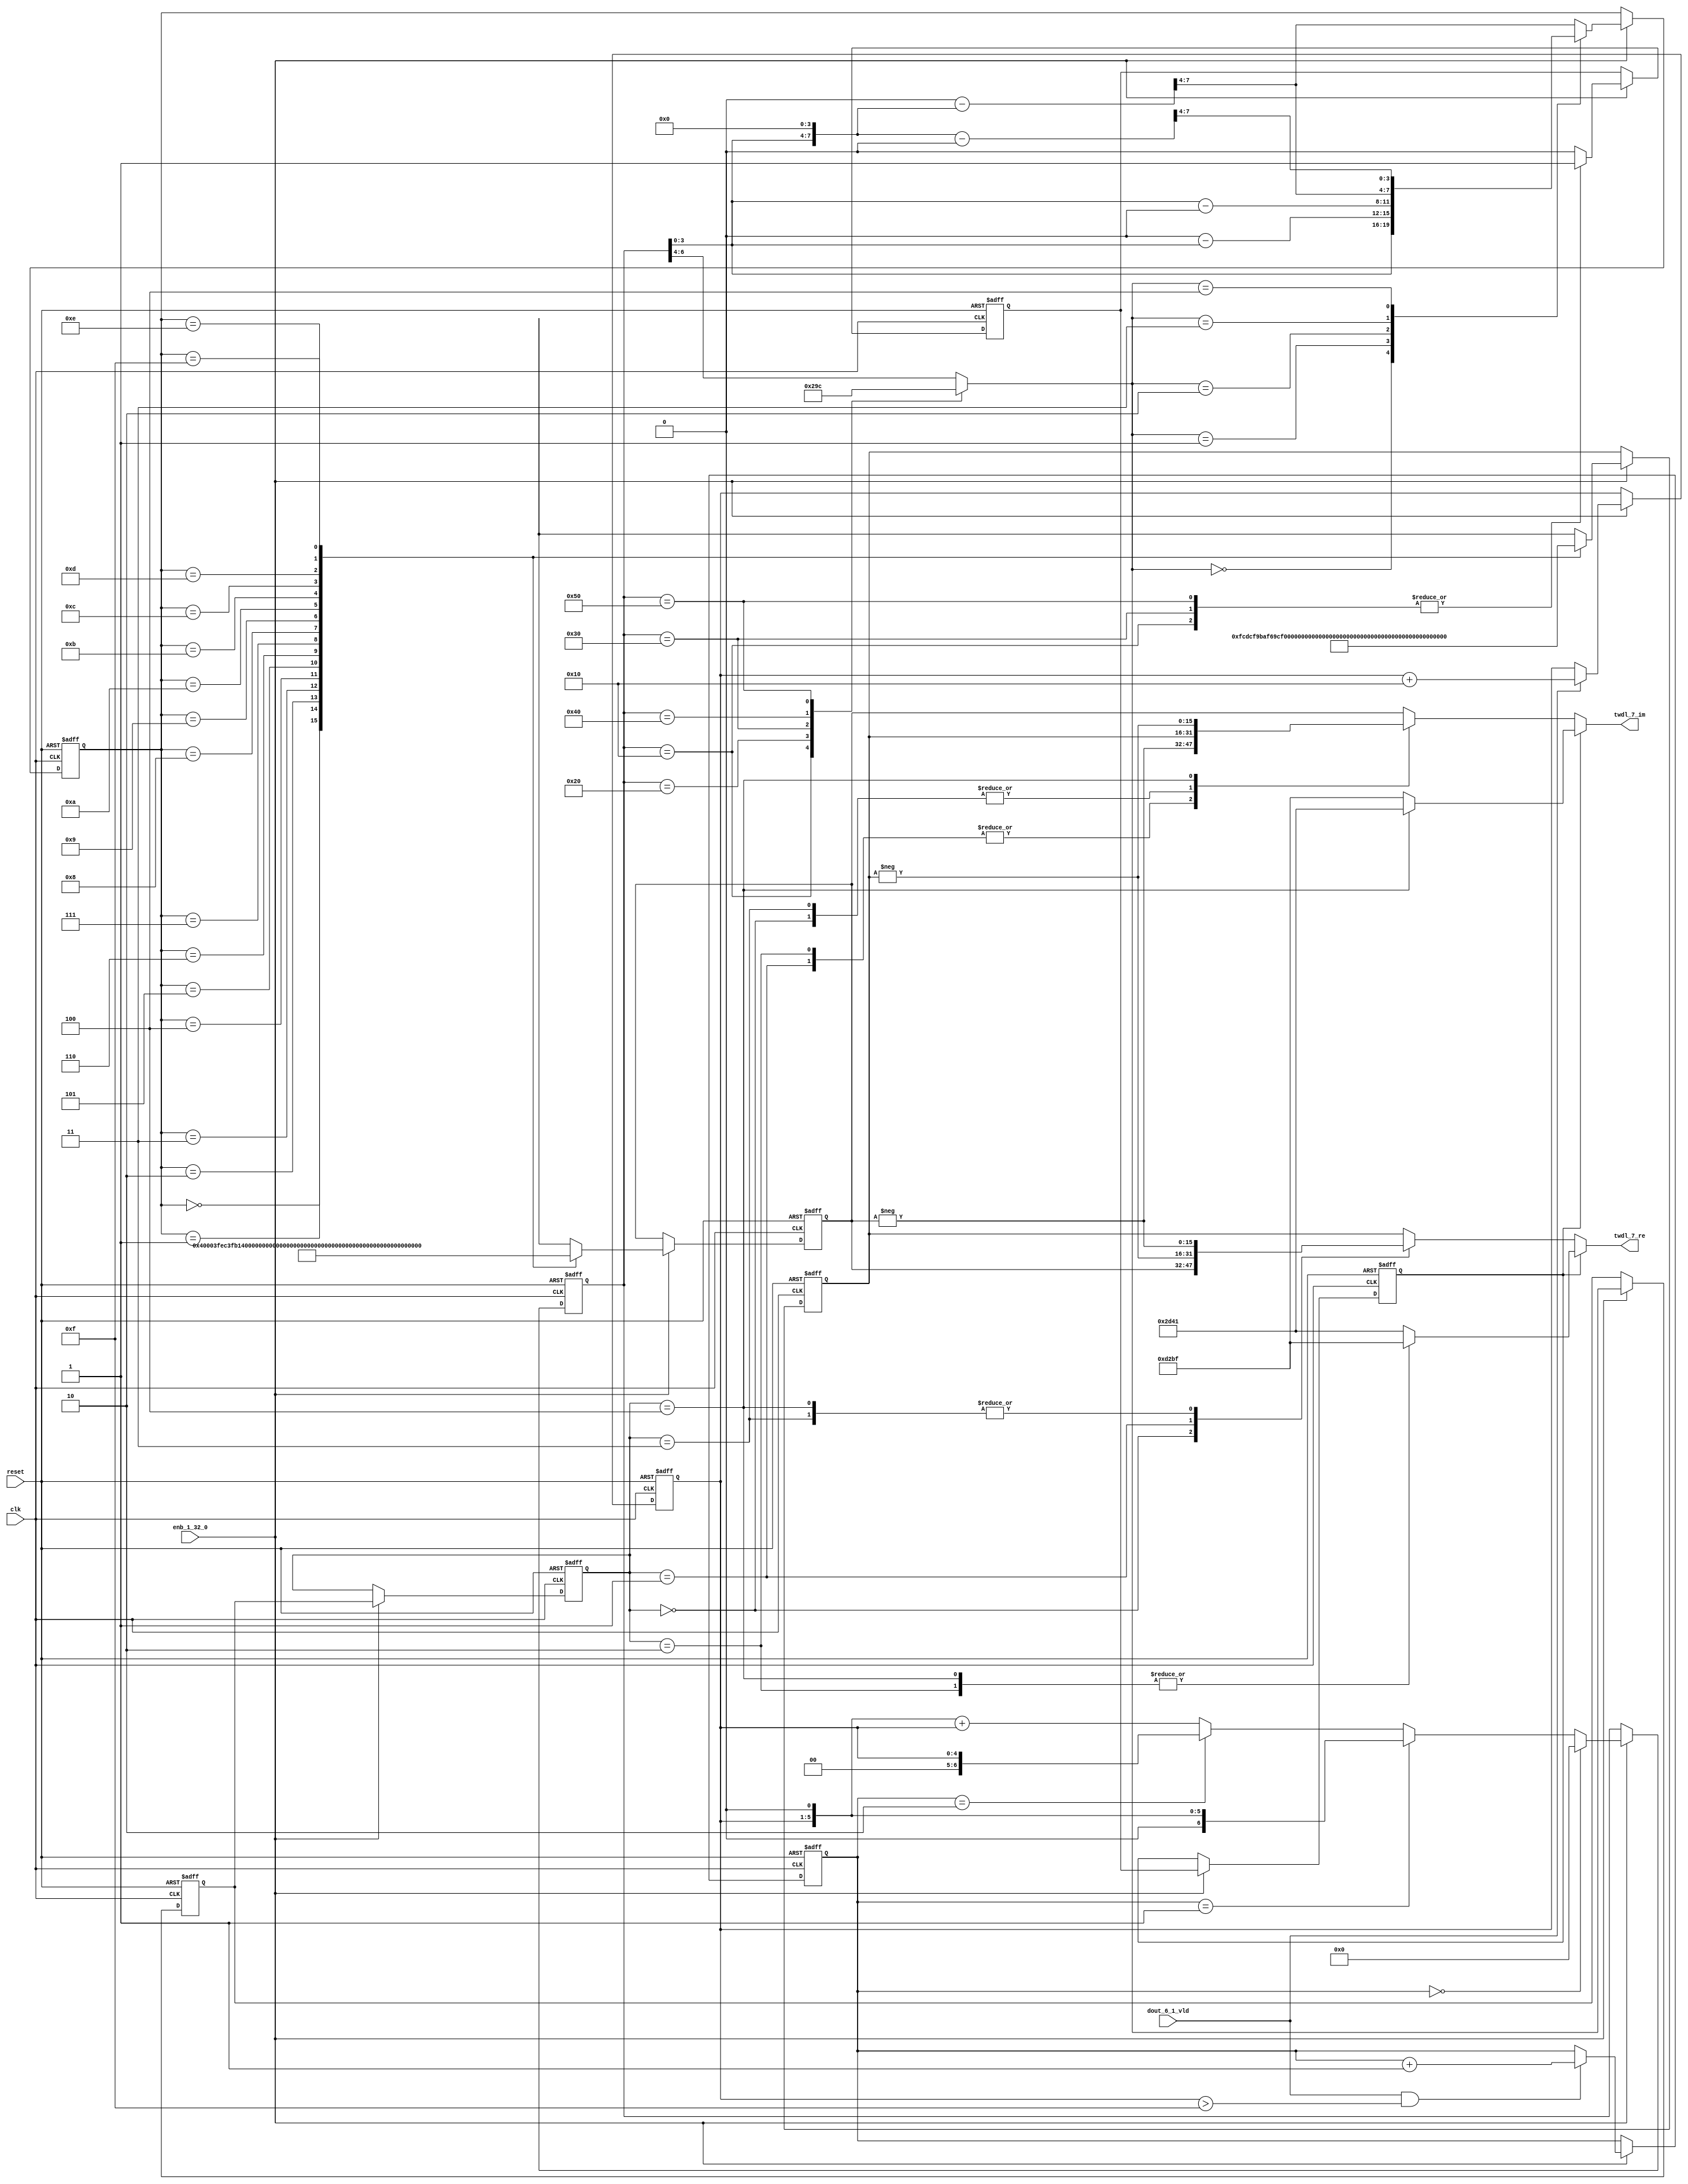
// -------------------------------------------------------------
// 
// 
// Generated by MATLAB 9.13 and HDL Coder 4.0
// 
// -------------------------------------------------------------


// -------------------------------------------------------------
// 
// Module: whdlOFDMTx_TWDLROM_7_1
// Source Path: dsphdl.IFFT/TWDLROM_7_1
// Hierarchy Level: 6
// 
// -------------------------------------------------------------

`timescale 1 ns / 1 ns

module whdlOFDMTx_TWDLROM_7_1
          (clk,
           reset,
           enb_1_32_0,
           dout_6_1_vld,
           twdl_7_re,
           twdl_7_im);


  input   clk;
  input   reset;
  input   enb_1_32_0;
  input   dout_6_1_vld;
  output  signed [15:0] twdl_7_re;  // sfix16_En14
  output  signed [15:0] twdl_7_im;  // sfix16_En14


  reg [4:0] Radix22TwdlMapping_cnt;  // ufix5
  reg [1:0] Radix22TwdlMapping_phase;  // ufix2
  reg [2:0] Radix22TwdlMapping_octantReg1;  // ufix3
  reg [6:0] Radix22TwdlMapping_twdlAddr_raw;  // ufix7
  reg [3:0] Radix22TwdlMapping_twdlAddrMap;  // ufix4
  reg  Radix22TwdlMapping_twdl45Reg;
  reg  Radix22TwdlMapping_dvldReg1;
  reg  Radix22TwdlMapping_dvldReg2;
  reg [4:0] Radix22TwdlMapping_cnt_next;  // ufix5
  reg [1:0] Radix22TwdlMapping_phase_next;  // ufix2
  reg [2:0] Radix22TwdlMapping_octantReg1_next;  // ufix3
  reg [6:0] Radix22TwdlMapping_twdlAddr_raw_next;  // ufix7
  reg [3:0] Radix22TwdlMapping_twdlAddrMap_next;  // ufix4
  reg  Radix22TwdlMapping_twdl45Reg_next;
  reg  Radix22TwdlMapping_dvldReg1_next;
  reg  Radix22TwdlMapping_dvldReg2_next;
  reg [3:0] twdlAddr;  // ufix4
  reg  twdlAddrVld;
  reg [2:0] twdlOctant;  // ufix3
  reg  twdl45;
  wire signed [15:0] Twiddle_re_table_data [0:15];  // sfix16_En14 [16]
  wire signed [15:0] twiddleS_re;  // sfix16_En14
  reg signed [15:0] twiddleReg_re;  // sfix16_En14
  wire signed [15:0] Twiddle_im_table_data [0:15];  // sfix16_En14 [16]
  wire signed [15:0] twiddleS_im;  // sfix16_En14
  reg signed [15:0] twiddleReg_im;  // sfix16_En14
  reg [2:0] twdlOctantReg;  // ufix3
  reg  twdl45Reg;
  reg signed [15:0] twdl_7_re_1;  // sfix16_En14
  reg signed [15:0] twdl_7_im_1;  // sfix16_En14
  reg [2:0] Radix22TwdlMapping_octant;  // ufix3
  reg [6:0] Radix22TwdlMapping_cnt_cast;  // ufix7
  reg signed [15:0] Radix22TwdlMapping_sub_cast;  // sfix16_En4
  reg signed [15:0] Radix22TwdlMapping_sub_temp;  // sfix16_En4
  reg signed [8:0] Radix22TwdlMapping_sub_temp_0;  // sfix9
  reg signed [8:0] Radix22TwdlMapping_sub_temp_1;  // sfix9
  reg signed [15:0] Radix22TwdlMapping_sub_cast_0;  // sfix16_En4
  reg signed [15:0] Radix22TwdlMapping_sub_temp_2;  // sfix16_En4
  reg signed [15:0] Radix22TwdlMapping_sub_cast_1;  // sfix16_En4
  reg signed [15:0] Radix22TwdlMapping_sub_temp_3;  // sfix16_En4
  reg [6:0] Radix22TwdlMapping_t_0_0;  // ufix7
  reg signed [8:0] Radix22TwdlMapping_t_1;  // sfix9
  reg signed [8:0] Radix22TwdlMapping_t_2_0;  // sfix9
  reg signed [15:0] Radix22TwdlOctCorr_twdlIn_re;  // sfix16_En14
  reg signed [15:0] Radix22TwdlOctCorr_twdlIn_im;  // sfix16_En14
  reg signed [16:0] Radix22TwdlOctCorr_cast;  // sfix17_En14
  reg signed [16:0] Radix22TwdlOctCorr_cast_0;  // sfix17_En14
  reg signed [16:0] Radix22TwdlOctCorr_cast_1;  // sfix17_En14
  reg signed [16:0] Radix22TwdlOctCorr_cast_2;  // sfix17_En14
  reg signed [16:0] Radix22TwdlOctCorr_cast_3;  // sfix17_En14
  reg signed [16:0] Radix22TwdlOctCorr_cast_4;  // sfix17_En14
  reg signed [16:0] Radix22TwdlOctCorr_cast_5;  // sfix17_En14
  reg signed [16:0] Radix22TwdlOctCorr_cast_6;  // sfix17_En14
  reg signed [16:0] Radix22TwdlOctCorr_cast_7;  // sfix17_En14
  reg signed [16:0] Radix22TwdlOctCorr_cast_8;  // sfix17_En14
  reg signed [16:0] Radix22TwdlOctCorr_cast_9;  // sfix17_En14
  reg signed [16:0] Radix22TwdlOctCorr_cast_10;  // sfix17_En14


  // Radix22TwdlMapping
  always @(posedge clk or posedge reset)
    begin : Radix22TwdlMapping_process
      if (reset == 1'b1) begin
        Radix22TwdlMapping_octantReg1 <= 3'b000;
        Radix22TwdlMapping_twdlAddr_raw <= 7'b0000000;
        Radix22TwdlMapping_twdlAddrMap <= 4'b0000;
        Radix22TwdlMapping_twdl45Reg <= 1'b0;
        Radix22TwdlMapping_dvldReg1 <= 1'b0;
        Radix22TwdlMapping_dvldReg2 <= 1'b0;
        Radix22TwdlMapping_cnt <= 5'b00000;
        Radix22TwdlMapping_phase <= 2'b00;
      end
      else begin
        if (enb_1_32_0) begin
          Radix22TwdlMapping_cnt <= Radix22TwdlMapping_cnt_next;
          Radix22TwdlMapping_phase <= Radix22TwdlMapping_phase_next;
          Radix22TwdlMapping_octantReg1 <= Radix22TwdlMapping_octantReg1_next;
          Radix22TwdlMapping_twdlAddr_raw <= Radix22TwdlMapping_twdlAddr_raw_next;
          Radix22TwdlMapping_twdlAddrMap <= Radix22TwdlMapping_twdlAddrMap_next;
          Radix22TwdlMapping_twdl45Reg <= Radix22TwdlMapping_twdl45Reg_next;
          Radix22TwdlMapping_dvldReg1 <= Radix22TwdlMapping_dvldReg1_next;
          Radix22TwdlMapping_dvldReg2 <= Radix22TwdlMapping_dvldReg2_next;
        end
      end
    end

  always @(Radix22TwdlMapping_cnt, Radix22TwdlMapping_dvldReg1,
       Radix22TwdlMapping_dvldReg2, Radix22TwdlMapping_octantReg1,
       Radix22TwdlMapping_phase, Radix22TwdlMapping_twdl45Reg,
       Radix22TwdlMapping_twdlAddrMap, Radix22TwdlMapping_twdlAddr_raw,
       dout_6_1_vld) begin
    Radix22TwdlMapping_sub_temp = 16'sb0000000000000000;
    Radix22TwdlMapping_sub_temp_0 = 9'sb000000000;
    Radix22TwdlMapping_sub_temp_1 = 9'sb000000000;
    Radix22TwdlMapping_sub_temp_2 = 16'sb0000000000000000;
    Radix22TwdlMapping_sub_temp_3 = 16'sb0000000000000000;
    Radix22TwdlMapping_cnt_cast = 7'b0000000;
    Radix22TwdlMapping_sub_cast = 16'sb0000000000000000;
    Radix22TwdlMapping_sub_cast_0 = 16'sb0000000000000000;
    Radix22TwdlMapping_sub_cast_1 = 16'sb0000000000000000;
    Radix22TwdlMapping_t_0_0 = 7'b0000000;
    Radix22TwdlMapping_t_1 = 9'sb000000000;
    Radix22TwdlMapping_t_2_0 = 9'sb000000000;
    Radix22TwdlMapping_cnt_next = Radix22TwdlMapping_cnt;
    Radix22TwdlMapping_phase_next = Radix22TwdlMapping_phase;
    Radix22TwdlMapping_twdlAddr_raw_next = Radix22TwdlMapping_twdlAddr_raw;
    Radix22TwdlMapping_twdlAddrMap_next = Radix22TwdlMapping_twdlAddrMap;
    Radix22TwdlMapping_twdl45Reg_next = Radix22TwdlMapping_twdl45Reg;
    Radix22TwdlMapping_dvldReg2_next = Radix22TwdlMapping_dvldReg1;
    Radix22TwdlMapping_dvldReg1_next = dout_6_1_vld;
    case ( Radix22TwdlMapping_twdlAddr_raw)
      7'b0010000 :
        begin
          Radix22TwdlMapping_octant = 3'b000;
          Radix22TwdlMapping_twdl45Reg_next = 1'b1;
        end
      7'b0100000 :
        begin
          Radix22TwdlMapping_octant = 3'b001;
          Radix22TwdlMapping_twdl45Reg_next = 1'b0;
        end
      7'b0110000 :
        begin
          Radix22TwdlMapping_octant = 3'b010;
          Radix22TwdlMapping_twdl45Reg_next = 1'b1;
        end
      7'b1000000 :
        begin
          Radix22TwdlMapping_octant = 3'b011;
          Radix22TwdlMapping_twdl45Reg_next = 1'b0;
        end
      7'b1010000 :
        begin
          Radix22TwdlMapping_octant = 3'b100;
          Radix22TwdlMapping_twdl45Reg_next = 1'b1;
        end
      default :
        begin
          Radix22TwdlMapping_octant = Radix22TwdlMapping_twdlAddr_raw[6:4];
          Radix22TwdlMapping_twdl45Reg_next = 1'b0;
        end
    endcase
    Radix22TwdlMapping_octantReg1_next = Radix22TwdlMapping_octant;
    case ( Radix22TwdlMapping_octant)
      3'b000 :
        begin
          Radix22TwdlMapping_twdlAddrMap_next = Radix22TwdlMapping_twdlAddr_raw[3:0];
        end
      3'b001 :
        begin
          Radix22TwdlMapping_t_1 = {2'b0, Radix22TwdlMapping_twdlAddr_raw};
          Radix22TwdlMapping_sub_temp_0 = 9'sb000100000 - Radix22TwdlMapping_t_1;
          Radix22TwdlMapping_twdlAddrMap_next = Radix22TwdlMapping_sub_temp_0[3:0];
        end
      3'b010 :
        begin
          Radix22TwdlMapping_t_2_0 = {2'b0, Radix22TwdlMapping_twdlAddr_raw};
          Radix22TwdlMapping_sub_temp_1 = Radix22TwdlMapping_t_2_0 - 9'sb000100000;
          Radix22TwdlMapping_twdlAddrMap_next = Radix22TwdlMapping_sub_temp_1[3:0];
        end
      3'b011 :
        begin
          Radix22TwdlMapping_sub_cast_0 = {5'b0, {Radix22TwdlMapping_twdlAddr_raw, 4'b0000}};
          Radix22TwdlMapping_sub_temp_2 = 16'sb0000010000000000 - Radix22TwdlMapping_sub_cast_0;
          Radix22TwdlMapping_twdlAddrMap_next = Radix22TwdlMapping_sub_temp_2[7:4];
        end
      3'b100 :
        begin
          Radix22TwdlMapping_sub_cast_1 = {5'b0, {Radix22TwdlMapping_twdlAddr_raw, 4'b0000}};
          Radix22TwdlMapping_sub_temp_3 = Radix22TwdlMapping_sub_cast_1 - 16'sb0000010000000000;
          Radix22TwdlMapping_twdlAddrMap_next = Radix22TwdlMapping_sub_temp_3[7:4];
        end
      default :
        begin
          Radix22TwdlMapping_sub_cast = {5'b0, {Radix22TwdlMapping_twdlAddr_raw, 4'b0000}};
          Radix22TwdlMapping_sub_temp = 16'sb0000011000000000 - Radix22TwdlMapping_sub_cast;
          Radix22TwdlMapping_twdlAddrMap_next = Radix22TwdlMapping_sub_temp[7:4];
        end
    endcase
    if (Radix22TwdlMapping_phase == 2'b00) begin
      Radix22TwdlMapping_twdlAddr_raw_next = 7'b0000000;
    end
    else if (Radix22TwdlMapping_phase == 2'b01) begin
      Radix22TwdlMapping_t_0_0 = {2'b0, Radix22TwdlMapping_cnt};
      Radix22TwdlMapping_twdlAddr_raw_next = Radix22TwdlMapping_t_0_0 <<< 8'd1;
    end
    else if (Radix22TwdlMapping_phase == 2'b10) begin
      Radix22TwdlMapping_twdlAddr_raw_next = {2'b0, Radix22TwdlMapping_cnt};
    end
    else begin
      Radix22TwdlMapping_cnt_cast = {2'b0, Radix22TwdlMapping_cnt};
      Radix22TwdlMapping_twdlAddr_raw_next = (Radix22TwdlMapping_cnt_cast <<< 8'd1) + Radix22TwdlMapping_cnt_cast;
    end
    if (dout_6_1_vld && (Radix22TwdlMapping_cnt > 5'b01111)) begin
      Radix22TwdlMapping_phase_next = Radix22TwdlMapping_phase + 2'b01;
    end
    if (dout_6_1_vld) begin
      Radix22TwdlMapping_cnt_next = Radix22TwdlMapping_cnt + 5'b10000;
    end
    twdlAddr = Radix22TwdlMapping_twdlAddrMap;
    twdlAddrVld = Radix22TwdlMapping_dvldReg2;
    twdlOctant = Radix22TwdlMapping_octantReg1;
    twdl45 = Radix22TwdlMapping_twdl45Reg;
  end



  // Twiddle ROM1
  assign Twiddle_re_table_data[0] = 16'sb0100000000000000;
  assign Twiddle_re_table_data[1] = 16'sb0011111111101100;
  assign Twiddle_re_table_data[2] = 16'sb0011111110110001;
  assign Twiddle_re_table_data[3] = 16'sb0011111101001111;
  assign Twiddle_re_table_data[4] = 16'sb0011111011000101;
  assign Twiddle_re_table_data[5] = 16'sb0011111000010101;
  assign Twiddle_re_table_data[6] = 16'sb0011110100111111;
  assign Twiddle_re_table_data[7] = 16'sb0011110001000010;
  assign Twiddle_re_table_data[8] = 16'sb0011101100100001;
  assign Twiddle_re_table_data[9] = 16'sb0011100111011011;
  assign Twiddle_re_table_data[10] = 16'sb0011100001110001;
  assign Twiddle_re_table_data[11] = 16'sb0011011011100101;
  assign Twiddle_re_table_data[12] = 16'sb0011010100110111;
  assign Twiddle_re_table_data[13] = 16'sb0011001101101000;
  assign Twiddle_re_table_data[14] = 16'sb0011000101111001;
  assign Twiddle_re_table_data[15] = 16'sb0010111101101100;
  assign twiddleS_re = Twiddle_re_table_data[twdlAddr];



  always @(posedge clk or posedge reset)
    begin : TWIDDLEROM_RE_process
      if (reset == 1'b1) begin
        twiddleReg_re <= 16'sb0000000000000000;
      end
      else begin
        if (enb_1_32_0) begin
          twiddleReg_re <= twiddleS_re;
        end
      end
    end



  // Twiddle ROM2
  assign Twiddle_im_table_data[0] = 16'sb0000000000000000;
  assign Twiddle_im_table_data[1] = 16'sb1111110011011100;
  assign Twiddle_im_table_data[2] = 16'sb1111100110111010;
  assign Twiddle_im_table_data[3] = 16'sb1111011010011100;
  assign Twiddle_im_table_data[4] = 16'sb1111001110000100;
  assign Twiddle_im_table_data[5] = 16'sb1111000001110011;
  assign Twiddle_im_table_data[6] = 16'sb1110110101101100;
  assign Twiddle_im_table_data[7] = 16'sb1110101001110000;
  assign Twiddle_im_table_data[8] = 16'sb1110011110000010;
  assign Twiddle_im_table_data[9] = 16'sb1110010010100011;
  assign Twiddle_im_table_data[10] = 16'sb1110000111010101;
  assign Twiddle_im_table_data[11] = 16'sb1101111100011001;
  assign Twiddle_im_table_data[12] = 16'sb1101110001110010;
  assign Twiddle_im_table_data[13] = 16'sb1101100111100000;
  assign Twiddle_im_table_data[14] = 16'sb1101011101100110;
  assign Twiddle_im_table_data[15] = 16'sb1101010100000101;
  assign twiddleS_im = Twiddle_im_table_data[twdlAddr];



  always @(posedge clk or posedge reset)
    begin : TWIDDLEROM_IM_process
      if (reset == 1'b1) begin
        twiddleReg_im <= 16'sb0000000000000000;
      end
      else begin
        if (enb_1_32_0) begin
          twiddleReg_im <= twiddleS_im;
        end
      end
    end



  always @(posedge clk or posedge reset)
    begin : intdelay_process
      if (reset == 1'b1) begin
        twdlOctantReg <= 3'b000;
      end
      else begin
        if (enb_1_32_0) begin
          twdlOctantReg <= twdlOctant;
        end
      end
    end



  always @(posedge clk or posedge reset)
    begin : intdelay_1_process
      if (reset == 1'b1) begin
        twdl45Reg <= 1'b0;
      end
      else begin
        if (enb_1_32_0) begin
          twdl45Reg <= twdl45;
        end
      end
    end



  // Radix22TwdlOctCorr
  always @(twdl45Reg, twdlOctantReg, twiddleReg_im, twiddleReg_re) begin
    Radix22TwdlOctCorr_cast_0 = 17'sb00000000000000000;
    Radix22TwdlOctCorr_cast_2 = 17'sb00000000000000000;
    Radix22TwdlOctCorr_cast_4 = 17'sb00000000000000000;
    Radix22TwdlOctCorr_cast_6 = 17'sb00000000000000000;
    Radix22TwdlOctCorr_cast_8 = 17'sb00000000000000000;
    Radix22TwdlOctCorr_cast_10 = 17'sb00000000000000000;
    Radix22TwdlOctCorr_cast = 17'sb00000000000000000;
    Radix22TwdlOctCorr_cast_1 = 17'sb00000000000000000;
    Radix22TwdlOctCorr_cast_3 = 17'sb00000000000000000;
    Radix22TwdlOctCorr_cast_5 = 17'sb00000000000000000;
    Radix22TwdlOctCorr_cast_7 = 17'sb00000000000000000;
    Radix22TwdlOctCorr_cast_9 = 17'sb00000000000000000;
    Radix22TwdlOctCorr_twdlIn_re = twiddleReg_re;
    Radix22TwdlOctCorr_twdlIn_im = twiddleReg_im;
    if (twdl45Reg) begin
      case ( twdlOctantReg)
        3'b000 :
          begin
            Radix22TwdlOctCorr_twdlIn_re = 16'sb0010110101000001;
            Radix22TwdlOctCorr_twdlIn_im = 16'sb1101001010111111;
          end
        3'b010 :
          begin
            Radix22TwdlOctCorr_twdlIn_re = 16'sb1101001010111111;
            Radix22TwdlOctCorr_twdlIn_im = 16'sb1101001010111111;
          end
        3'b100 :
          begin
            Radix22TwdlOctCorr_twdlIn_re = 16'sb1101001010111111;
            Radix22TwdlOctCorr_twdlIn_im = 16'sb0010110101000001;
          end
        default :
          begin
            Radix22TwdlOctCorr_twdlIn_re = 16'sb0010110101000001;
            Radix22TwdlOctCorr_twdlIn_im = 16'sb1101001010111111;
          end
      endcase
    end
    else begin
      case ( twdlOctantReg)
        3'b000 :
          begin
          end
        3'b001 :
          begin
            Radix22TwdlOctCorr_cast = {twiddleReg_im[15], twiddleReg_im};
            Radix22TwdlOctCorr_cast_0 =  - (Radix22TwdlOctCorr_cast);
            Radix22TwdlOctCorr_twdlIn_re = Radix22TwdlOctCorr_cast_0[15:0];
            Radix22TwdlOctCorr_cast_5 = {twiddleReg_re[15], twiddleReg_re};
            Radix22TwdlOctCorr_cast_6 =  - (Radix22TwdlOctCorr_cast_5);
            Radix22TwdlOctCorr_twdlIn_im = Radix22TwdlOctCorr_cast_6[15:0];
          end
        3'b010 :
          begin
            Radix22TwdlOctCorr_twdlIn_re = twiddleReg_im;
            Radix22TwdlOctCorr_cast_7 = {twiddleReg_re[15], twiddleReg_re};
            Radix22TwdlOctCorr_cast_8 =  - (Radix22TwdlOctCorr_cast_7);
            Radix22TwdlOctCorr_twdlIn_im = Radix22TwdlOctCorr_cast_8[15:0];
          end
        3'b011 :
          begin
            Radix22TwdlOctCorr_cast_1 = {twiddleReg_re[15], twiddleReg_re};
            Radix22TwdlOctCorr_cast_2 =  - (Radix22TwdlOctCorr_cast_1);
            Radix22TwdlOctCorr_twdlIn_re = Radix22TwdlOctCorr_cast_2[15:0];
            Radix22TwdlOctCorr_twdlIn_im = twiddleReg_im;
          end
        3'b100 :
          begin
            Radix22TwdlOctCorr_cast_3 = {twiddleReg_re[15], twiddleReg_re};
            Radix22TwdlOctCorr_cast_4 =  - (Radix22TwdlOctCorr_cast_3);
            Radix22TwdlOctCorr_twdlIn_re = Radix22TwdlOctCorr_cast_4[15:0];
            Radix22TwdlOctCorr_cast_9 = {twiddleReg_im[15], twiddleReg_im};
            Radix22TwdlOctCorr_cast_10 =  - (Radix22TwdlOctCorr_cast_9);
            Radix22TwdlOctCorr_twdlIn_im = Radix22TwdlOctCorr_cast_10[15:0];
          end
        default :
          begin
            Radix22TwdlOctCorr_twdlIn_re = twiddleReg_im;
            Radix22TwdlOctCorr_twdlIn_im = twiddleReg_re;
          end
      endcase
    end
    twdl_7_re_1 = Radix22TwdlOctCorr_twdlIn_re;
    twdl_7_im_1 = Radix22TwdlOctCorr_twdlIn_im;
  end



  assign twdl_7_re = twdl_7_re_1;

  assign twdl_7_im = twdl_7_im_1;

endmodule  // whdlOFDMTx_TWDLROM_7_1